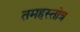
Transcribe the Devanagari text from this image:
तमहस्तोत्र